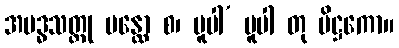
အဗဒ္ဓသတ္တု မန္ထော စ၊ ပူပါ’ ပူပါ တု ပိဋ္ဌကော။